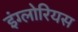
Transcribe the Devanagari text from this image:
इंग्लोरियस